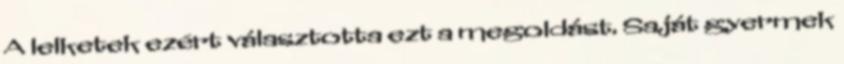
A lelketek ezért választotta ezt a megoldást. Saját gyermek